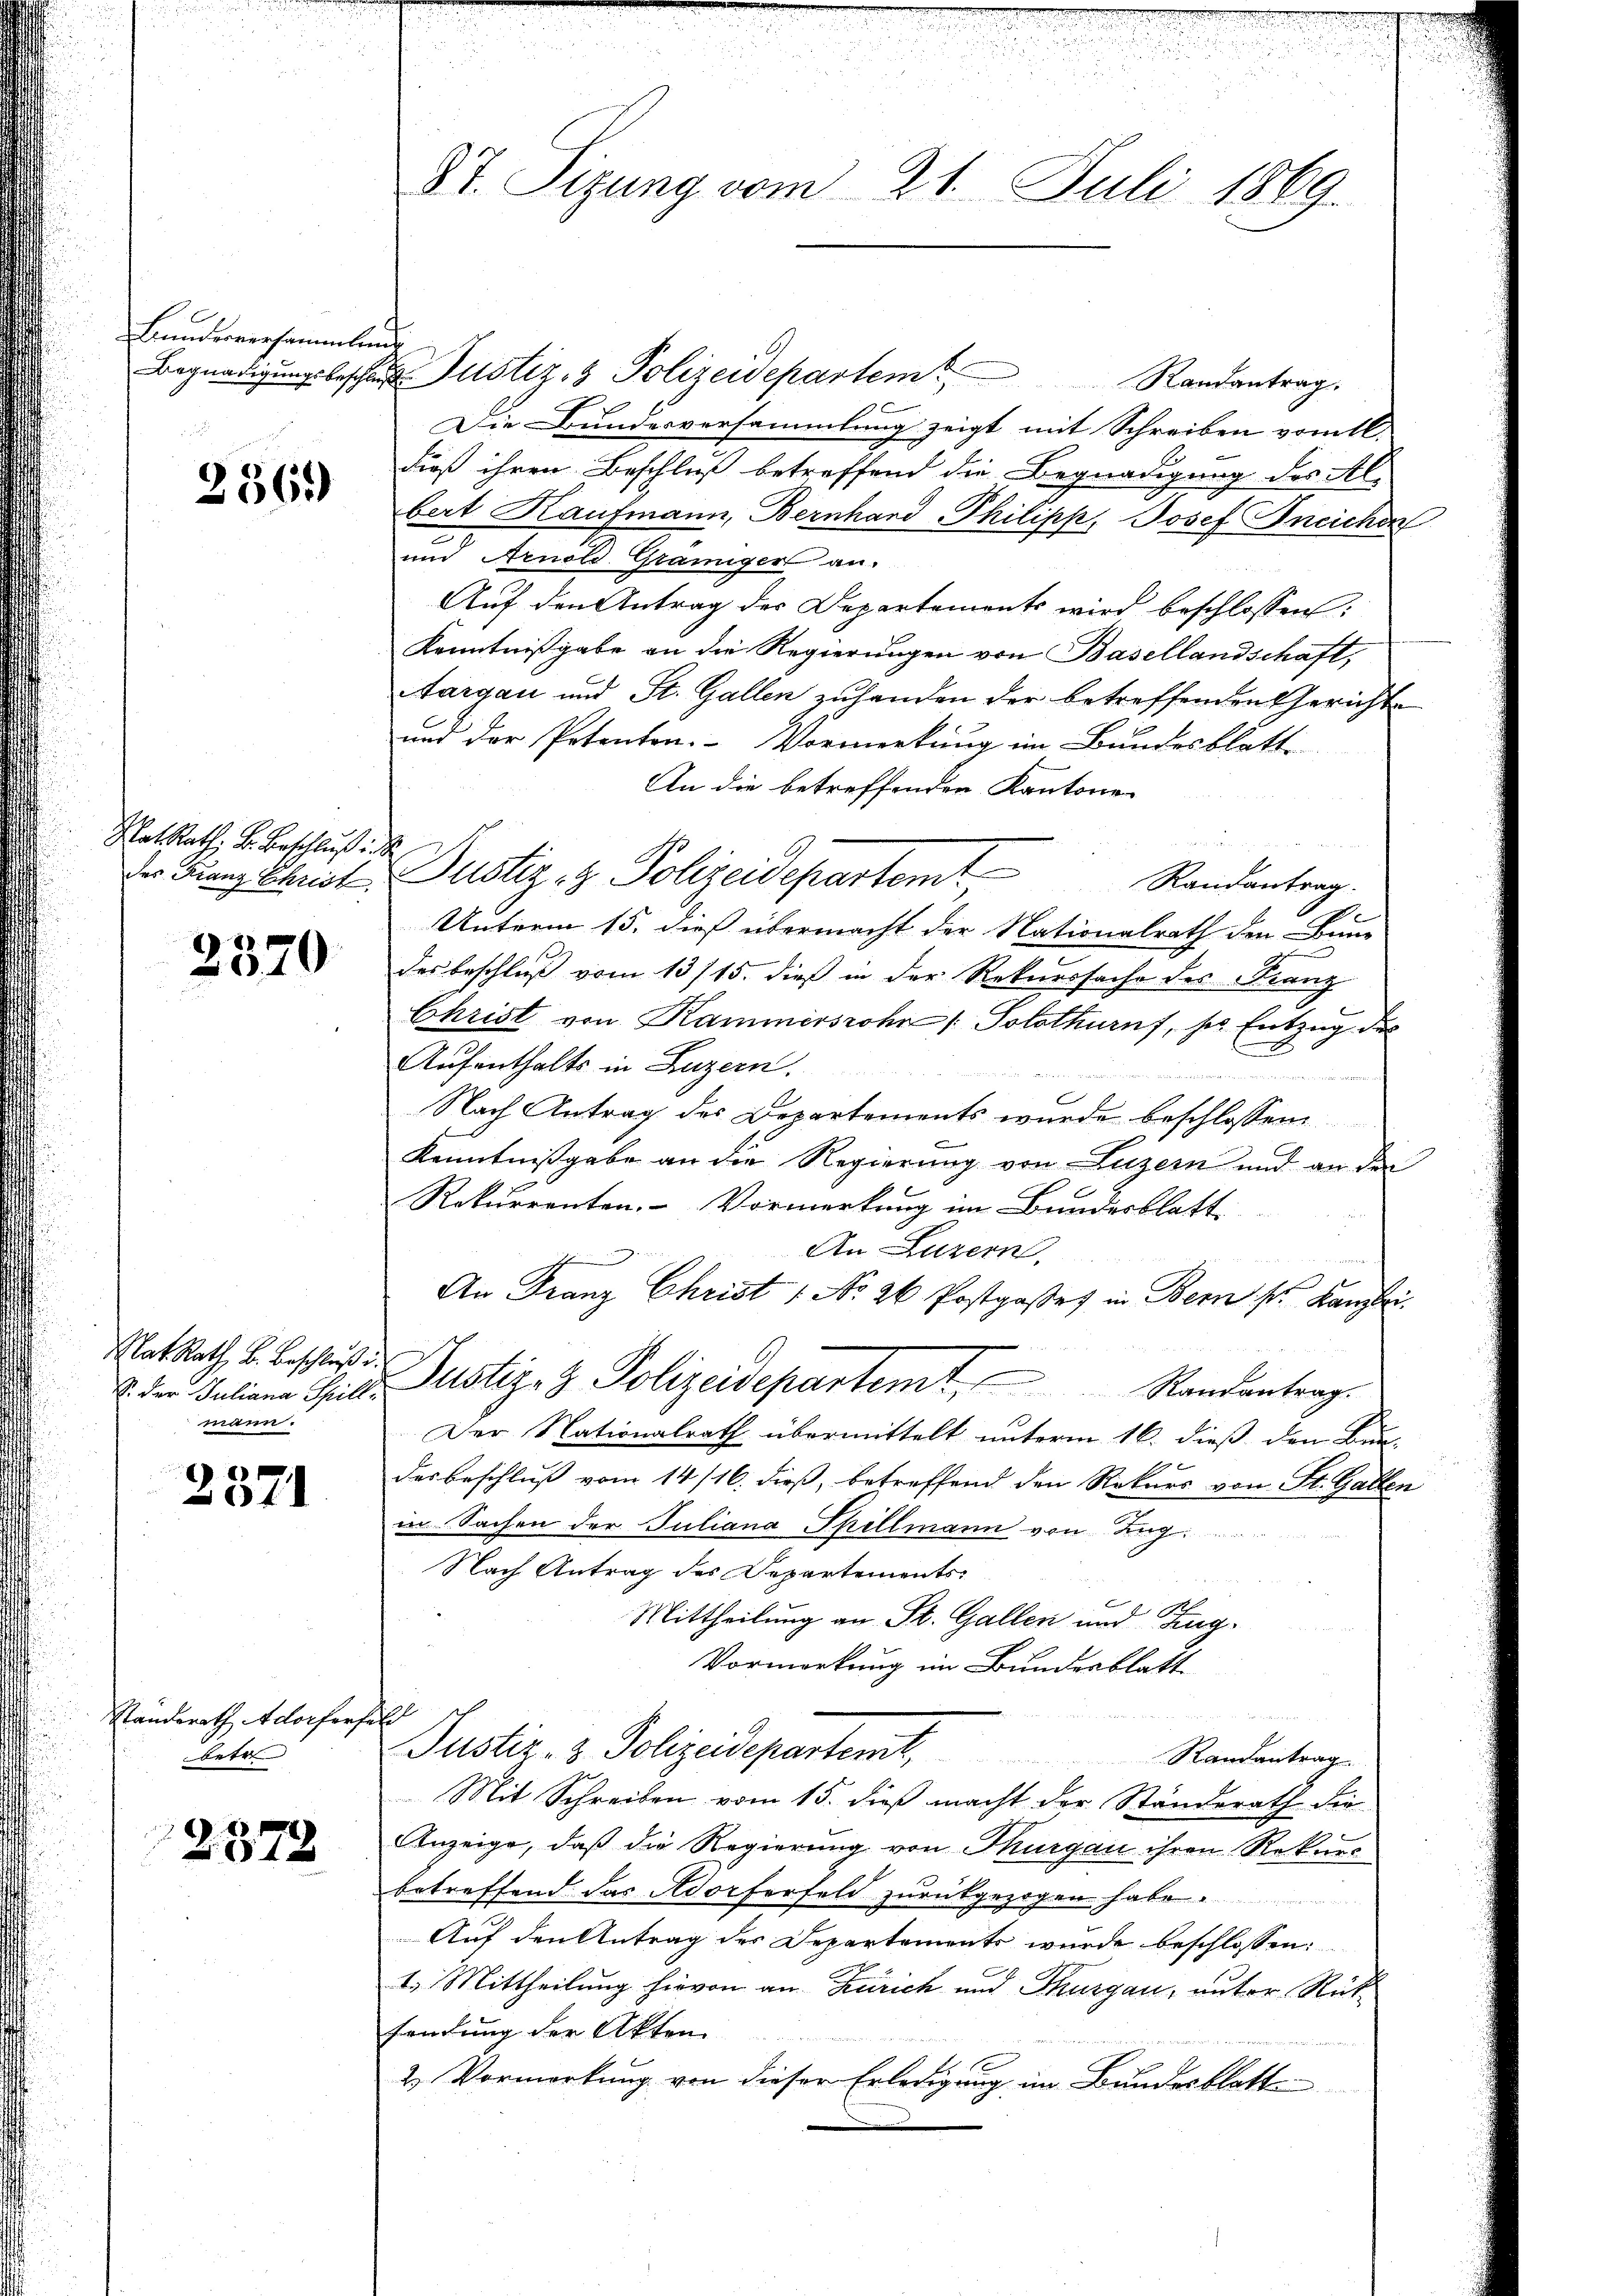
Bunderversammlung

2361)

Rat Rath, Hr. Beschluß i
des Franz Christ

2370

Nat. Rath B. Beschluß
S. der Juliana Spill-
mann.

2571

Standerath Adorfer,
betr

2379

c
87. Sizung vom 21. Juli 1869.

Begnadigungsbesche Justiz- & Polizeidepartem
Randantrag.
Die Bundesversammlung zeigt mit Schreiben vom 1.
dieß ihren Beschluß betreffend die Begnadigung des Albert Kaufmann, Bernhard Philipp, Josef Ineichen
e
umd Arnold Graniger an.
Auf den Antrag der Departements wird beschlossen:
Kenntnißgabe an die Regierungen von Basellandschaft,
Aargau und St. Gallen zuhanden der betreffenden Gericht
und der Petenton. Vormerkung im Bundesblatte
An die betreffenden Kantone
.
Dustiz- & Polizeidepartamt
Randantrag.
Unterm 15. dieß übermacht der Nationalrath den Bun
des beschluß vom 13/15. dieß in der Rekurssache des Franz
Christ von Kammersrohr (Solothurn, ser Entzug des
Aufenthalts in Luzern.

Nach Antrag des Departements wurde beschlossen
Kenntnissgabe an die Regierung von Luzern und an den
Rekurrenten. Vormerkung im Bundesblatt
An Luzern,
h
An Franz Christ 1 No 26. Postgasses in Bern s. Kanzlei.
Justiz- & Polizeidepartemt Randantrag
Der Nationalrath übermittelt unterm 16. dieß den Bun-
des Beschluß vom 14/16. dieß, betreffend den Rekurs von St. Gallen
in Sachen der Juliana Spillmann von Zug
Nach Antrag des Departements-
Mittheilung an St. Gallen und Zing¬
Vormerkung im Bundesblatt
E
Justiz- & Polizeidepartemt,
Randantrag.
Mit Schreiben vom 15. dieß macht der Ständerath die
Anzeige, daß die Regierung von Thurgau ihren Rekurs
betreffend das Adorferfeld zurückgezogen habe.
Auf den Antrag des Departements wurde beschlossen:
1. Mittheilung hievon an Zürich und Thurgau, unter Rückfredung der Akten.
2. Vormerkung von dieser Erledigung im Bundesblatt